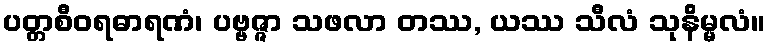
ပတ္တစီဝရဓာရဏံ၊ ပဗ္ဗဇ္ဇာ သဖလာ တဿ, ယဿ သီလံ သုနိမ္မလံ။